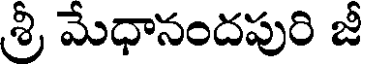
శ్రీ మేధానందపురి జీ